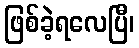
ဖြစ်ခဲ့ရလေပြီ၊